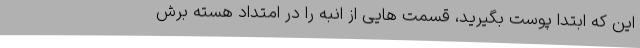
این که ابتدا پوست بگیرید، قسمت هایی از انبه را در امتداد هسته برش